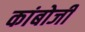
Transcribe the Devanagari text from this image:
कांबोजी